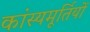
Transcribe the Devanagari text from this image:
कांस्यमूर्तियों